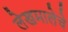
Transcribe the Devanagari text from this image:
लेखमालेचे